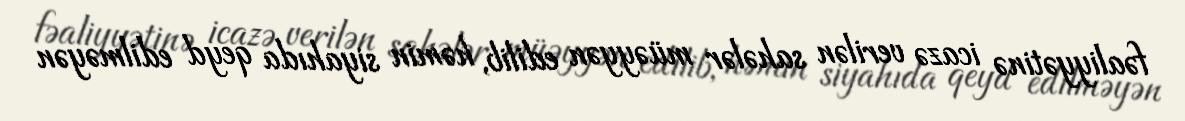
fəaliyyətinə icazə verilən sahələr müəyyən edilib, həmin siyahıda qeyd edilməyən